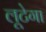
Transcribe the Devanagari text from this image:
लूटेगा